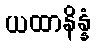
ယထာနိန္နံ